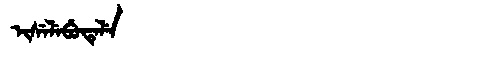
Manchu: ᡳᠰᡝᠯᡝᠪᡠᡨᡝᠯᡝ
Romanization: ISELEBUTELE